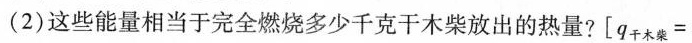
(2)这些能量相当于完全燃烧多少千克干木柴放出的热量?$$[ q_{干木柴} =